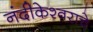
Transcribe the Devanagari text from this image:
नंदीकेश्वराचे